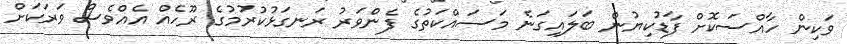
ވަކިން ހާއްސަކޮށް ފާޑުކިޔުން ބަލައިގަނެ މަސައްކަތުގެ ފެންވަރު ރަނގަޅުކުރުމުގެ ރޫހެއް އެއްވެސް ވަރަކަށް